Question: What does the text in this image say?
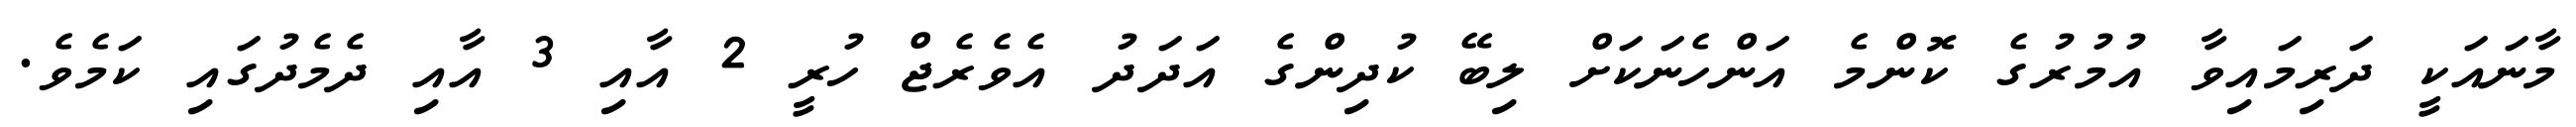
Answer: މާނައަކީ ދަރިމައިވާ އުމުރުގެ ކޮންމެ އަންހެނަކަށް ލިބޭ ކުދިންގެ އަދަދު އެވެރެޖް ހުރީ 2 އާއި 3 އާއި ދެމެދުގައި ކަމެވެ.